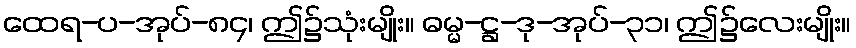
ထေရ-ပ-အုပ်-၈၄၊ ဤ၌သုံးမျိုး။ ဓမ္မ-ဋ္ဌ-ဒု-အုပ်-၃၁၊ ဤ၌လေးမျိုး။